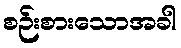
စဉ်းစားသောအခါ